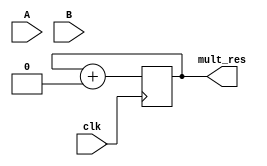
module seq_mult(
    input [1:0] A,
    input [1:0] B,
    input clk,
    output [3:0] mult_res
);
    reg counter = 1'b0;
    reg [3:0] acc = 4'b0;
    wire [3:0] num_to_add = 0;
    wire [3:0] shifter_in = 0;
    wire [3:0] shifter_out = 0;

    assign shifter_out = shifter_in << counter;

    assign num_to_add = shifter_out & {B[counter], B[counter], B[counter], B[counter]};

    assign shifter_in = {2'b0, A};

    assign mult_res = acc;

    always @(posedge clk) begin
        counter <= counter + 1;
    end

    always @(posedge clk) begin
        acc <= acc + num_to_add;
    end

    always @(posedge clk) begin
        $display($time, "] NUM_TO_ADD: %b", num_to_add);
        $display($time, "] SHIFTER_OUT: %b", shifter_out);
        $display($time, "] SHIFTER_IN: %b", shifter_in);
        $display($time, "] MULT_RES: %b", mult_res);
        $display($time, "] CNT: %b", counter);
        $display($time, "] A: %b", A);
        $display($time, "] B: %b", B);
    end
endmodule